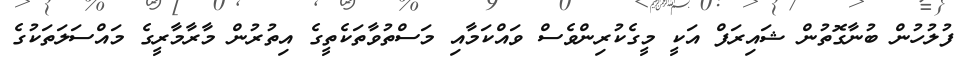
ފުލުހުން ބުނާގޮތުން ޝައިރަފް އަކީ މީގެކުރިންވެސް ވައްކަމާއި މަސްތުވާތަކެތީގެ އިތުރުން މާރާމާރީގެ މައްސަލަތަކުގެ